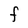
Character: F